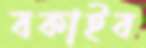
বকাইব